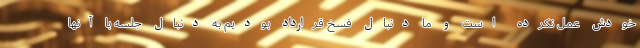
خودش عمل نکرده است و ما دنبال فسخ قرارداد بودیم به دنبال جلسه با آنها